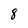
Character: 8